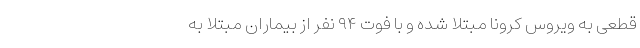
قطعی به ویروس کرونا مبتلا شده و با فوت ۹۴ نفر از بیماران مبتلا به